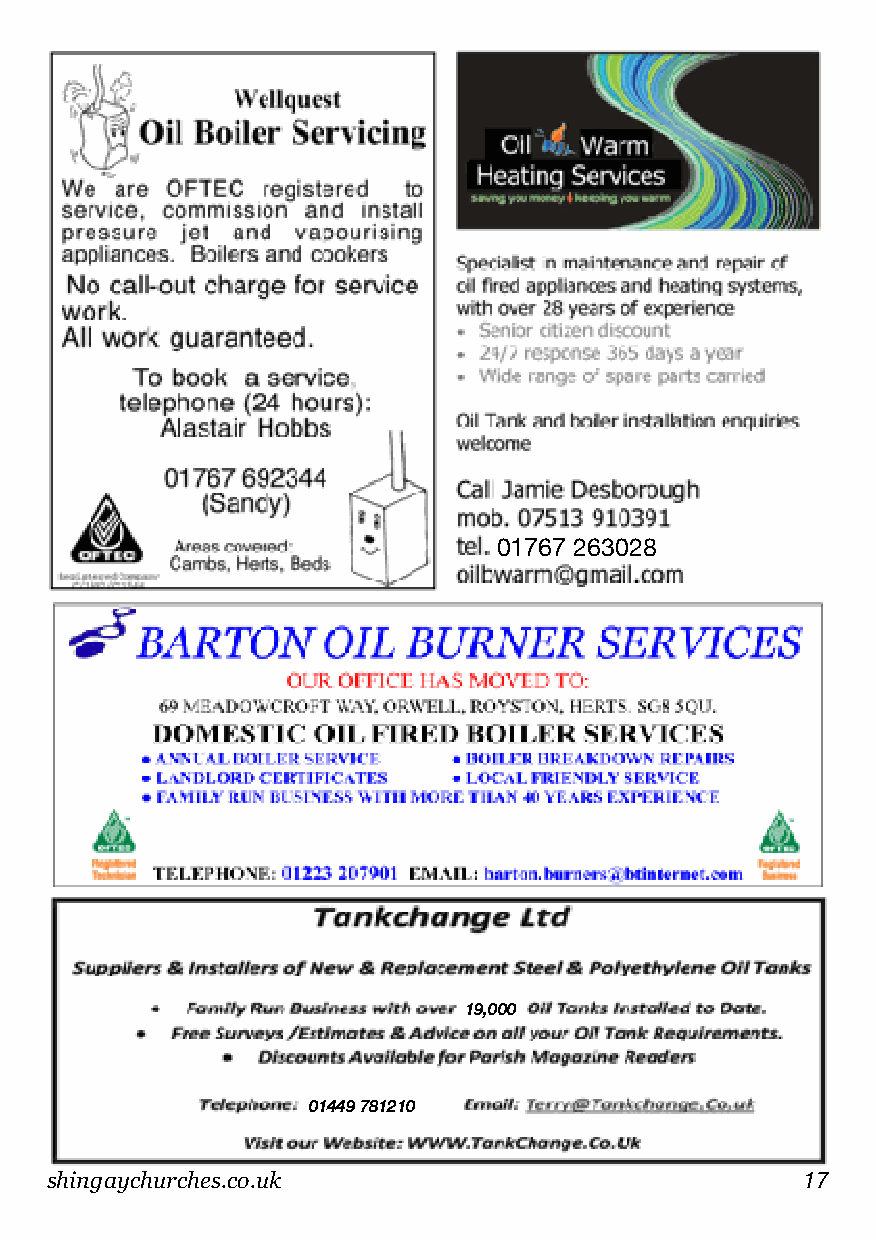
01767 263028
 19,000
 01449 781210
 shingaychurches.co.uk                             17